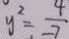
y ^ { 2 } = \frac { 4 } { - 7 }